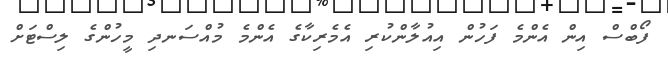
ފޯބްސް އިން އެންމެ ފަހުން އިއުލާންކުރި އެމެރިކާގެ އެންމެ މުއްސަނދި މީހުންގެ ލިސްޓަށް